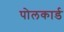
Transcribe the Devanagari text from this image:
पोलकार्ड